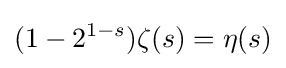
(1-2^{1-s})\zeta (s)=\eta (s)